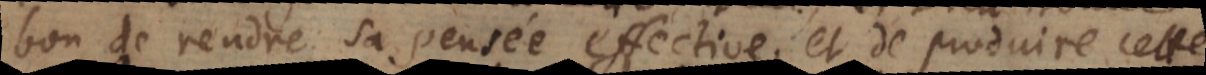
bon de rendre sa pensée effective, et de produire cette